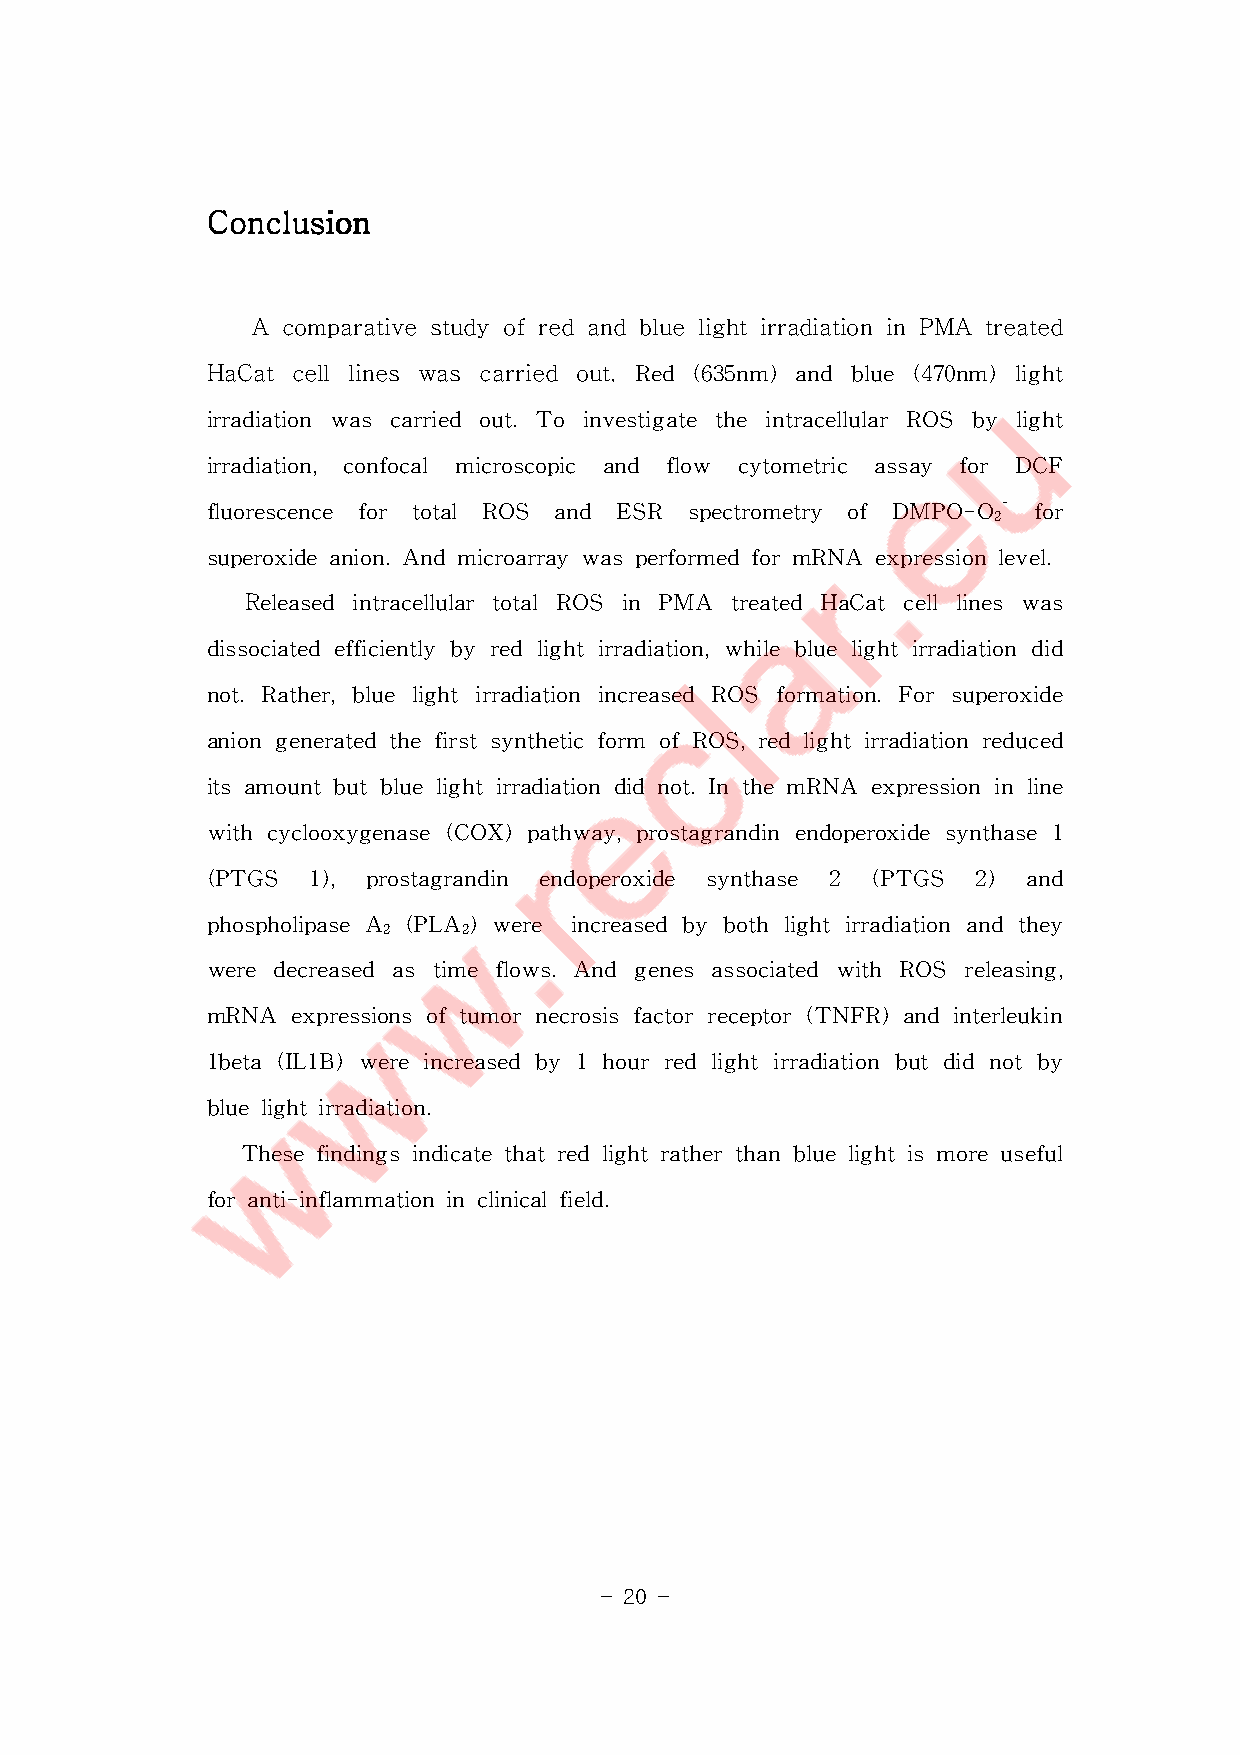
CCCCoooonnnncccclllluuuussssiiiioooonnnn
 A comparative study of red and blue light irradiation in PMA treated
 HaCat cell lines was carried out. Red (635nm)and blue (470nm)light
 irradiation was carried out.To investigate the intracellularROS by light
 irradiation, confocal microscopic and flow cytometric assay for DCF
 fluorescence for total ROS and ESR spectrometry of DMPO-O- for
 2
 superoxideanion.AndmicroarraywasperformedformRNA expressionlevel.
 Released intracellulartotalROS in PMA treated HaCatcelllineswas
 dissociatedefficientlybyredlightirradiation,whilebluelightirradiationdid
 not.Rather,bluelightirradiation increased ROS formation.Forsuperoxide
 aniongeneratedthefirstsyntheticform ofROS,redlightirradiationreduced
 itsamountbutbluelightirradiationdidnot.InthemRNA expressioninline
 withcyclooxygenase(COX)pathway,prostagrandinendoperoxidesynthase1
 (PTGS  1), prostagrandin endoperoxide synthase 2 (PTGS 2) and
 phospholipaseA (PLA)were increasedbybothlightirradiationandthey
 2    2
 weredecreased astimeflows.And genesassociated with ROS releasing,
 mRNA  expressionsoftumornecrosisfactorreceptor(TNFR)andinterleukin
 1beta(IL1B)wereincreasedby1hourredlightirradiationbutdidnotby
 bluelightirradiation.
 Thesefindingsindicatethatredlightratherthanbluelightismoreuseful
 foranti-inflammationinclinicalfield.
 - 20 -